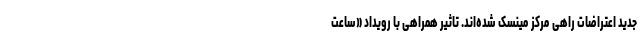
جدید اعتراضات راهی مرکز مینسک شده‌اند. تاثیر همراهی با رویداد «ساعت